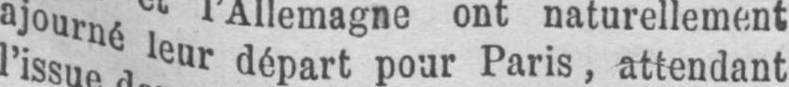
ajourné leur départ pour Paris, attendant